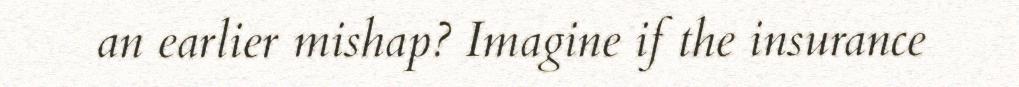
an earlier mishap? Imagine if the insurance